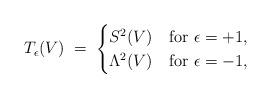
LaTeX: \begin{align*} T_\epsilon(V) \;=\; \begin{cases} S^2(V) & \textnormal{for $\epsilon = +1$}, \\ \Lambda^2(V) & \textnormal{for $\epsilon = -1$}, \end{cases}\end{align*}